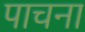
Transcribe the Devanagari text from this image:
पाचना